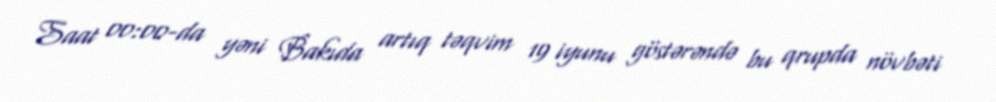
Saat 00:00-da yəni Bakıda artıq təqvim 19 iyunu göstərəndə bu qrupda növbəti